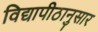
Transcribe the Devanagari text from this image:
विद्यापीठानुसार